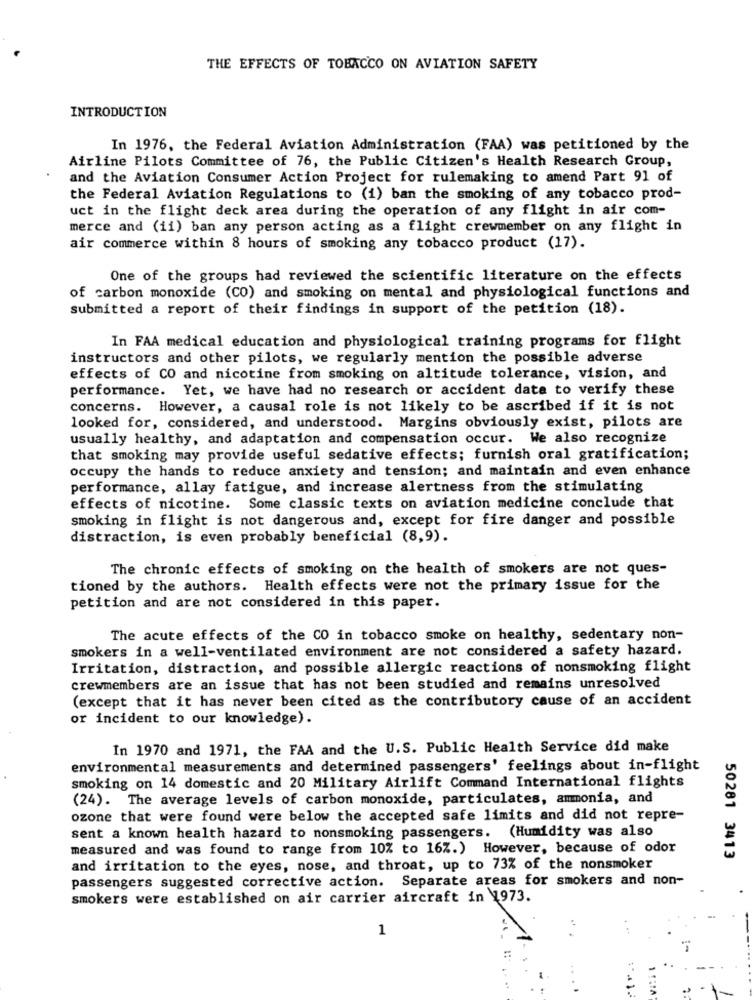
THE EFFECTS OF TOBACCO ON AVIATION SAFETY
INTRODUCTION
In 1976, the Federal Aviation Administration (FAA) was petitioned by the
Airline Pilots Committee of 76, the Public Citizen's Health Research Group,
and the Aviation Consumer Action Project for rulemaking to amend Part 91 of
the Federal Aviation Regulations to (1) ban the smoking of any tobacco prod-
uct in the flight deck area during the operation of any flight in air com-
merce and (ii) ban any person acting as a flight crewmember on any flight in
air commerce within 8 hours of smoking any tobacco product (17).
One of the groups had reviewed the scientific literature on the effects
of carbon monoxide (CO) and smoking on mental and physiological functions and
submitted a report of their findings in support of the petition (18).
In FAA medical education and physiological training programs for flight
instructors and other pilots, we regularly mention the possible adverse
effects of CO and nicotine from smoking on altitude tolerance, vision, and
performance. Yet, we have had no research or accident data to verify these
concerns. However, a causal role is not likely to be ascribed if it is not
looked for, considered, and understood. Margins obviously exist, pilots are
usually healthy, and adaptation and compensation occur. We also recognize
that smoking may provide useful sedative effects; furnish oral gratification;
occupy the hands to reduce anxiety and tension; and maintain and even enhance
performance, allay fatigue, and increase alertness from the stimulating
effects of nicotine. Some classic texts on aviation medicine conclude that
smoking in flight is not dangerous and, except for fire danger and possible
distraction, is even probably beneficial (8,9).
The chronic effects of smoking on the health of smokers are not ques-
tioned by the authors. Health effects were not the primary issue for the
petition and are not considered in this paper.
The acute effects of the CO in tobacco smoke on healthy, sedentary non-
smokers in a well-ventilated environment are not considered a safety hazard.
Irritation, distraction, and possible allergic reactions of nonsmoking flight
crewmembers are an issue that has not been studied and remains unresolved
(except that it has never been cited as the contributory cause of an accident
or incident to our knowledge).
In 1970 and 1971, the FAA and the U.S. Public Health Service did make
environmental measurements and determined passengers' feelings about in-flight
smoking on 14 domestic and 20 Military Airlift Command International flights
(24). The average levels of carbon monoxide, particulates, ammonia, and
ozone that were found were below the accepted safe limits and did not repre-
sent a known health hazard to nonsmoking passengers. (Humidity was also
measured and was found to range from 10% to 16%.) However, because of odor
50281 3413
and irritation to the eyes, nose, and throat, up to 73% of the nonsmoker
passengers suggested corrective action. Separate areas for smokers and non-
smokers were established on air carrier aircraft in 1973.
1